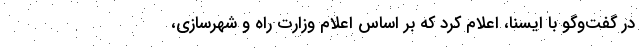
در گفت‌وگو با ایسنا، اعلام کرد که بر اساس اعلام وزارت راه و شهرسازی،